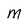
Character: M